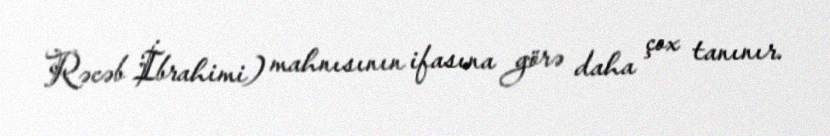
Rəcəb İbrahimi) mahnısının ifasına görə daha çox tanınır.